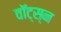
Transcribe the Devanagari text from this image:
वॉट्स्न